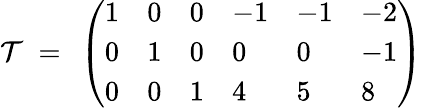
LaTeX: {\cal T}~=~\left(\begin{array}{llllll}{{1}}&{{0}}&{{0}}&{{-1}}&{{-1}}&{{-2}}\\ {{0}}&{{1}}&{{0}}&{{0}}&{{0}}&{{-1}}\\ {{0}}&{{0}}&{{1}}&{{4}}&{{5}}&{{8}}\end{array}\right)